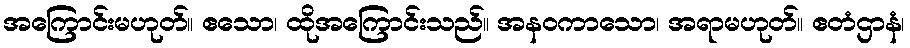
အကြောင်းမဟုတ်။ ဧသော၊ ထိုအကြောင်းသည်။ အနဝကာသော၊ အရာမဟုတ်။ ဧတံဌာနံ၊